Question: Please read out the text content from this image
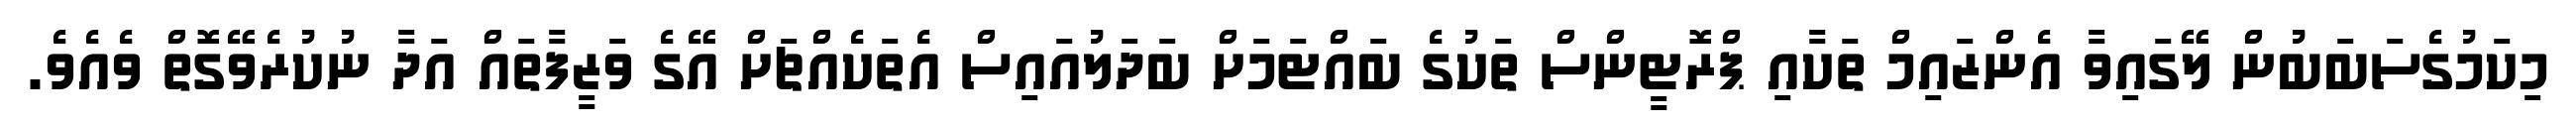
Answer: މިކަމުގެސަބަބުން ލޭގައިވާ އެންޒައިމް ތަކާއި ޕްރޮޓީންސް ތަކުގެ ބައްޓަމަށް ބަދަލުއައިސް އެތަކެއްޗަށް އޭގެ ވަޒީފާތައް އަދާ ނުކުރެވޭގޮތް ވެއެވެ.